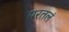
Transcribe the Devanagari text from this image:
परतलं